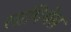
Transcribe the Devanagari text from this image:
लापिथेस